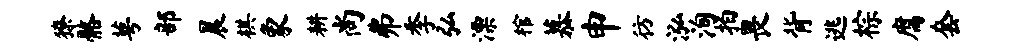
獠髂萼部晨棋象耕尚弗季弘漂棺慕申彷泓洵拍畏背逃棕腐套